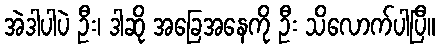
အဲဒါပါပဲ ဦး၊ ဒါဆို အခြေအနေကို ဦး သိလောက်ပါပြီ။